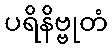
ပရိနိဗ္ဗုတံ